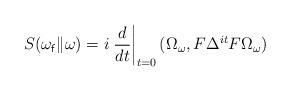
LaTeX: \begin{align*} S(\omega_{\sf f} \| \omega) & = i \left. \frac{d}{dt} \right|_{t = 0} (\Omega_\omega,F \Delta^{it} F\Omega_\omega)\end{align*}